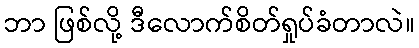
ဘာ ဖြစ်လို့ ဒီလောက်စိတ်ရှုပ်ခံတာလဲ။